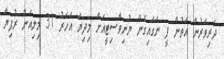
ދަރިވަރުން އަތުން ފީ ނަގައިގެން ޔުނިވާސިޓީއަށް މިދިޔަ އަހަރު 31 މިލިއަން ރުފިޔާ